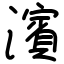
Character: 濱